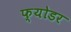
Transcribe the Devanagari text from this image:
फ्योडर